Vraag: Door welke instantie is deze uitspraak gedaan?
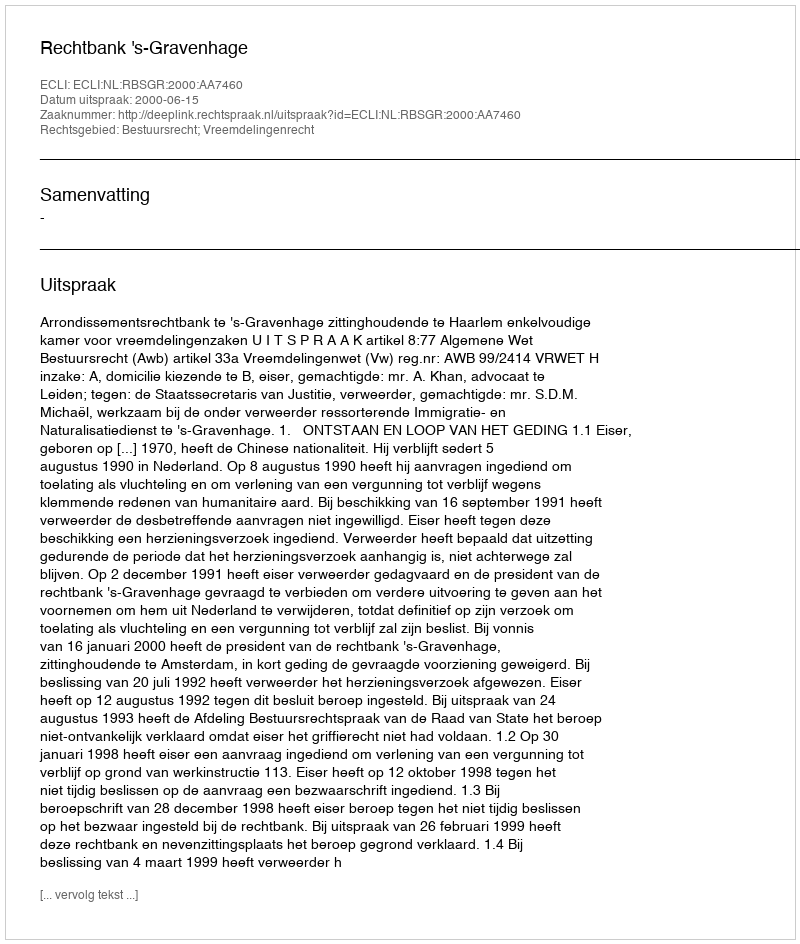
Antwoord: Rechtbank 's-Gravenhage